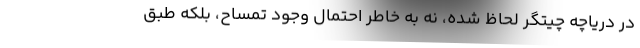
در دریاچه چیتگر لحاظ شده، نه به خاطر احتمال وجود تمساح، بلکه طبق